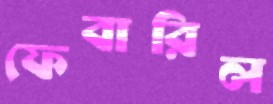
ফেবারিল